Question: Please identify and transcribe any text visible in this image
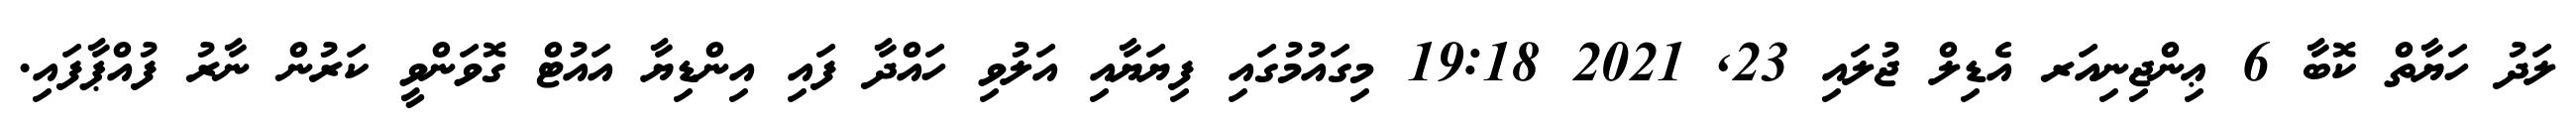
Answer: ލަދު ހަޔާތް ކޮބާ 6 ޢިންޖިނިއަރ އެޑިލް ޖުލައި 23, 2021 19:18 މިގައުމުގައި ފިޔަޔާއި އަލުވި ހައްދާ ފައި އިންޑިޔާ އައުޓް ގޮވަންވީ ކަރުން ނާރު ފުއްޕާފައި.